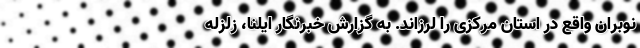
نوبران واقع در استان مرکزی را لرزاند. به گزارش خبرنگار ایلنا، زلزله